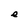
Character: e